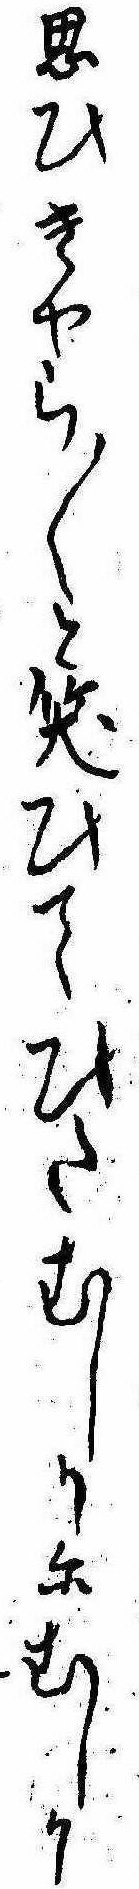
思ひきやら〱と笑ひてひたむしりにむしり